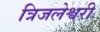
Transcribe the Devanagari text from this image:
त्रिजलेश्वरी